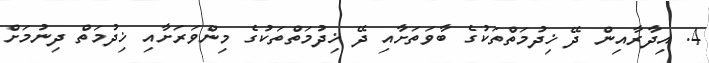
4. އިދާރާއިން ދޭ ޚިދުމަތްތަކުގެ ބާވަތަށާއި ދޭ ޚިދުމަތްތަކުގެ މިންވަރަށާއި ޚިދުމަތް ދިނުމަށް